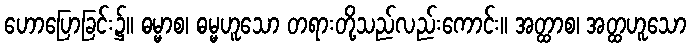
ဟောပြောခြင်း၌။ ဓမ္မာစ၊ ဓမ္မဟူသော တရားတို့သည်လည်းကောင်း။ အတ္ထာစ၊ အတ္ထဟူသော